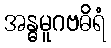
အန္ဓမူဂဗဓိရံ